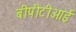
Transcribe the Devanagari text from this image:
बीपीटीआई